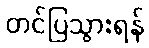
တင်ပြသွားရန်